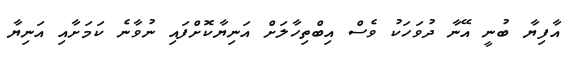
އާފިޔާ ބުނީ އޭނާ ދުވަހަކު ވެސް އިބްތިހާލަށް އަނިޔާކޮށްފައި ނުވާނެ ކަމަށާއި އަނިޔާ